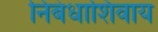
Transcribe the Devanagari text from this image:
निबंधाशिवाय